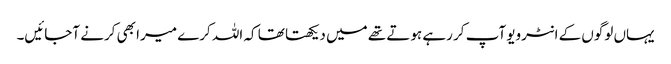
یہاں لوگوں کے انٹرویو آپ کر رہے ہوتے تھے میں دیکھتا تھا کہ اللہ کرے میرا بھی کرنے آجائیں۔